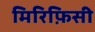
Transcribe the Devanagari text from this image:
मिरिफ़िसी